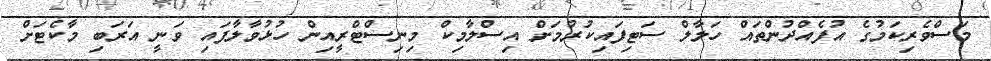
މަސްވެރިކަމުގެ އުފެއްދުންތައް ހަލާލް ސަޓިފައިކުރުމަށް އިސްލާމިކް މިނިސްޓްރީއިން ހުޅުވާލާފައި ވަނީ އަރަބި މާކެޓަށް